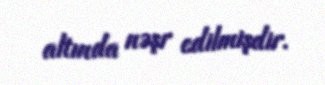
altında nəşr edilmişdir.